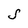
Character: S